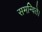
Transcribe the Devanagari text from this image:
समन्विते।